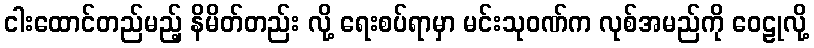
ငါးထောင်တည်မည့် နိမိတ်တည်း လို့ ရေးစပ်ရာမှာ မင်းသုဝဏ်က လုစ်အမည်ကို ဝေဠုလို့